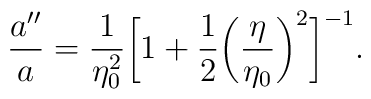
\frac{a''}{a}=\frac{1}{\eta _0^2} \biggl[1+\frac{1}{2}\biggl(\displaystyle{\frac{\eta }{\eta _0}}\biggr)^2\biggr]^{-1}.